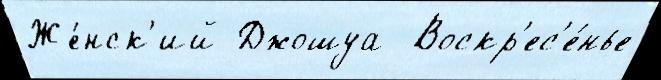
Же́нск'ий Джошуа  Воскр'ес'е́нье